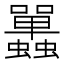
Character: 𧕦